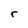
Character: r